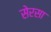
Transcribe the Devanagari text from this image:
सेरसा